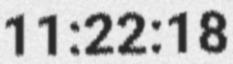
11:22:18